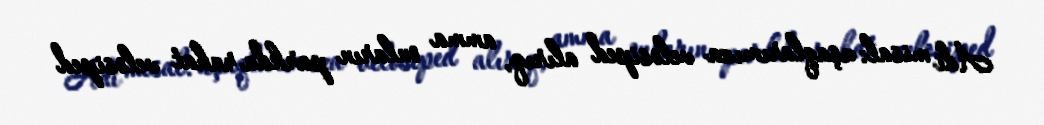
Adi misal: uşaqlarımıza velosiped alırıq, amma onların parkda rahat velosiped